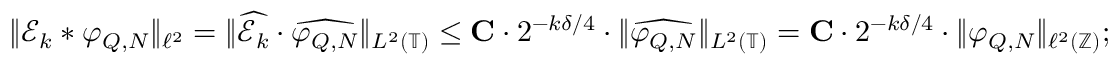
\begin{array} { r } { \| \mathcal { E } _ { k } * \varphi _ { Q , N } \| _ { \ell ^ { 2 } } = \| \widehat { \mathcal { E } _ { k } } \cdot \widehat { \varphi _ { Q , N } } \| _ { L ^ { 2 } ( \mathbb { T } ) } \leq \mathbf { C } \cdot 2 ^ { - k \delta / 4 } \cdot \| \widehat { \varphi _ { Q , N } } \| _ { L ^ { 2 } ( \mathbb { T } ) } = \mathbf { C } \cdot 2 ^ { - k \delta / 4 } \cdot \| { \varphi _ { Q , N } } \| _ { \ell ^ { 2 } ( \mathbb { Z } ) } ; } \end{array}